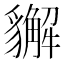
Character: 𧴛